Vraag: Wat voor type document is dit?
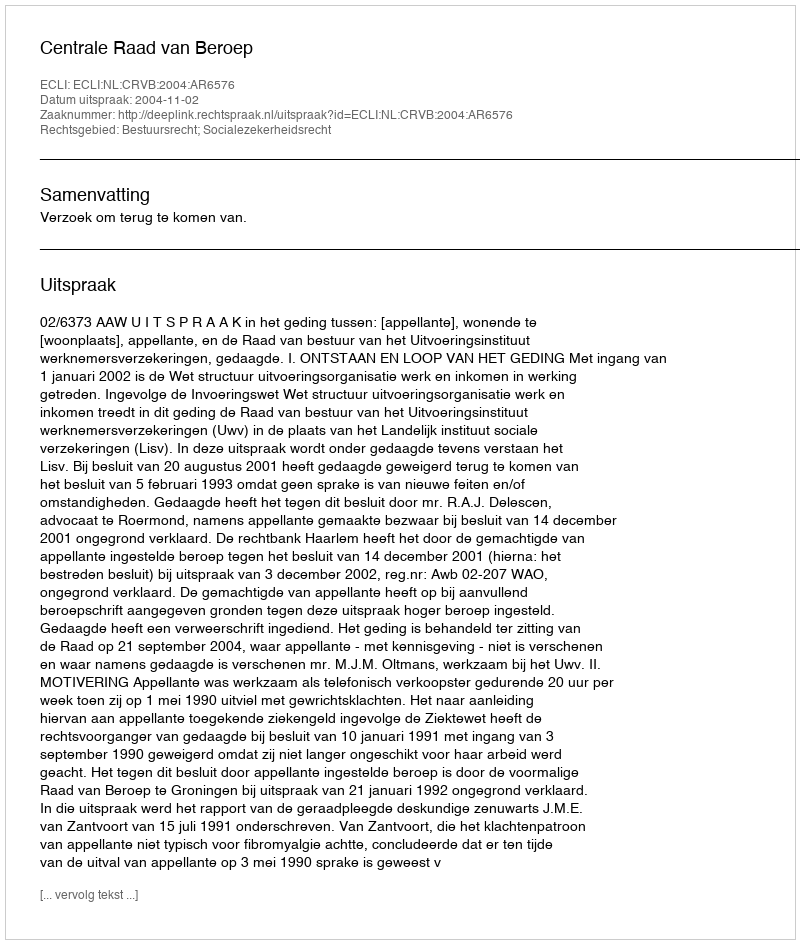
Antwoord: Uitspraak